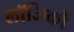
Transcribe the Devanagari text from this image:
लॉजिकों